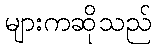
များကဆိုသည်